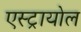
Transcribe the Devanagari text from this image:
एस्ट्रायोल